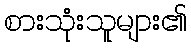
စားသုံးသူများ၏